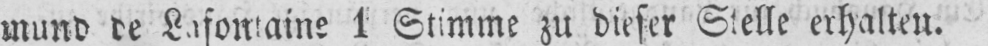
1 Stimme zu dieser Stelle erhalten.